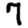
Digit: 7